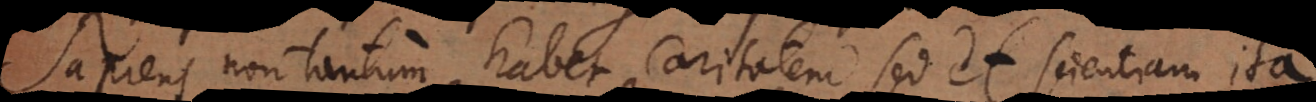
Sapiens non tantum habet caritatem, sed et scientiam ita